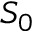
S _ { 0 }